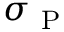
\sigma _ { \mathrm { ~ P ~ } }